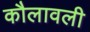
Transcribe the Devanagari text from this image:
कौलावली